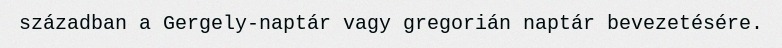
században a Gergely-naptár vagy gregorián naptár bevezetésére.